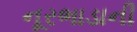
નૂરભાડાની